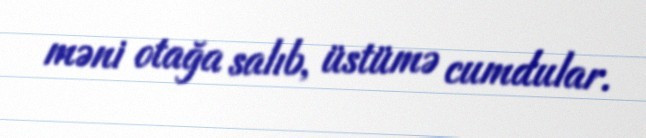
məni otağa salıb, üstümə cumdular.